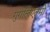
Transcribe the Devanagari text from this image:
गुगलिएल्मो